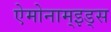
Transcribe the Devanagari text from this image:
ऐमोनाम्‌इड्स